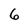
Character: 6